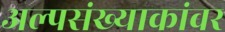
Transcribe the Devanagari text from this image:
अल्पसंख्याकांवर